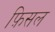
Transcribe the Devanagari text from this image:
फ़िसल